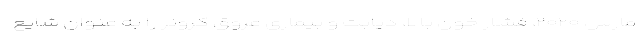
مارس ۲۰۲۰، فشار خون بالا، دیابت و بیماری عروق کرونر را به عنوان شایع